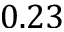
0 . 2 3